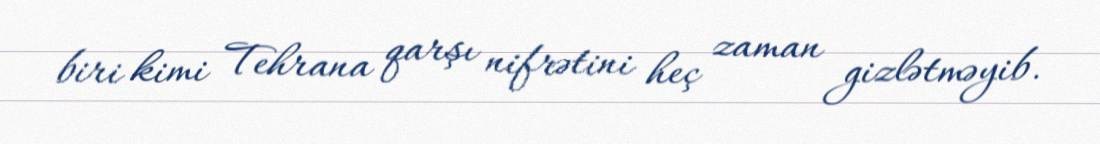
biri kimi Tehrana qarşı nifrətini heç zaman gizlətməyib.